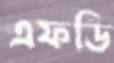
এফডি